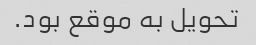
تحویل به موقع بود.